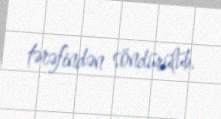
tərəfindən söndürülüb.